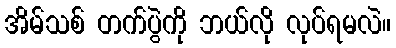
အိမ်သစ် တက်ပွဲကို ဘယ်လို လုပ်ရမလဲ။